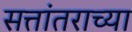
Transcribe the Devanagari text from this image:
सत्तांतराच्या